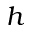
h